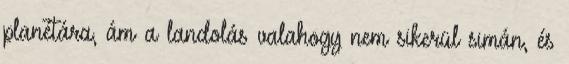
planétára, ám a landolás valahogy nem sikerül simán, és